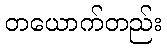
တယောက်တည်း